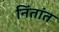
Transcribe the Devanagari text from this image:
निंतांत